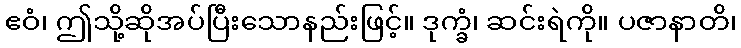
ဧဝံ၊ ဤသို့ဆိုအပ်ပြီးသောနည်းဖြင့်။ ဒုက္ခံ၊ ဆင်းရဲကို။ ပဇာနာတိ၊